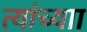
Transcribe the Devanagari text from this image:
त्यांच्याा